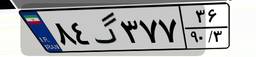
۸۴گ۳۷۷۳۶